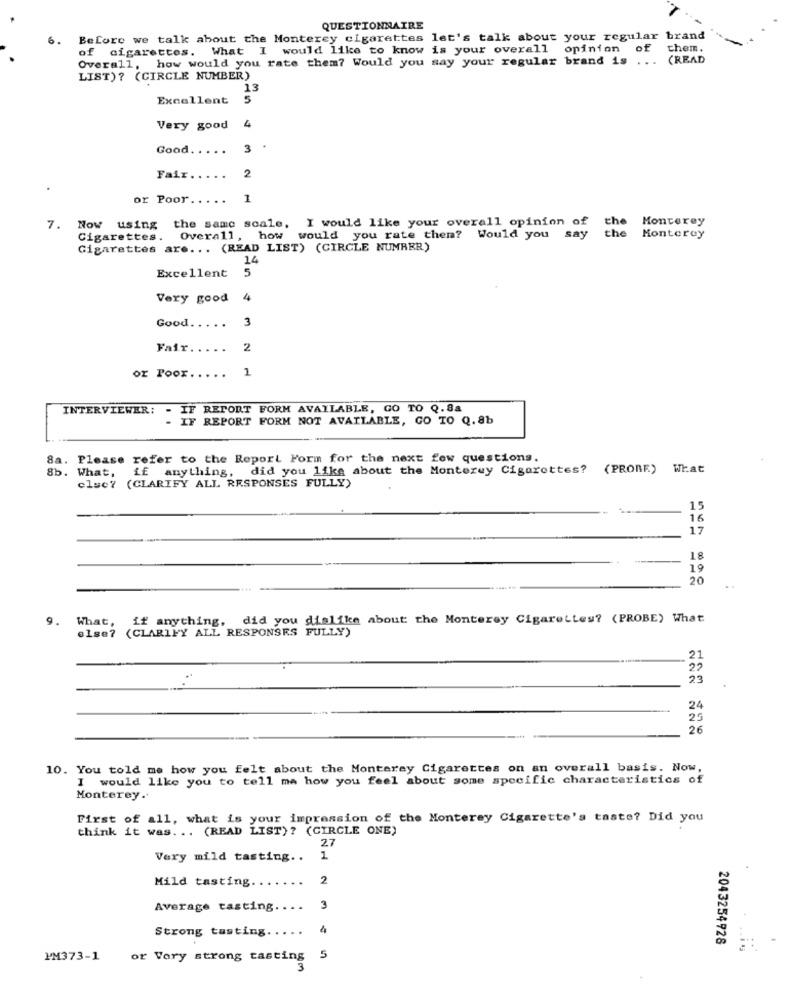
QUESTIONNAIRE
Before we talk about the Monterey cigarettes let's talk about your regular brand
of cigarettes. What I would like to know is your overall opinion of them.
Overall, how would you rate them? Would you say your regular brand is
...
(READ
LIST)? (CIRCLE NUMBER)
13
Excellent 5
Very good 4
Good
3
Fair .....
2
r Poor.
....
1
I would like your overall opinion of the Monterey
7. Now using
the same scale,
Cigarettes.
Overall
how
would you rate them? Would you say
the
Monterey
Cigarettes are ... (READ LIST) (CIRCLE NUMRER)
14
Excellent
5
Very good
4
Good
3
Fair .....
2
or Poor ..... 1
INTERVIEWER: - IF REPORT FORM AVAILABLE, GO TO Q.8a
IF REPORT FORM NOT AVAILABLE, GO TO Q. 8b
8a. Please refer to the Report Form for the next few questions.
8b. What, if anything, did you like about the Monterey Cigarettes?
(PROBE) What
else? (CLARIFY ALL RESPONSES FULLY)
15
16
17
18
19
20
9.
What,
if anything,
did you dislike about the Monterey Cigarettes? (PROBE) What
else?
(CLARIFY ALL RESPONSES FULLY)
21
22
23
24
25
10. You told me how you felt about the Monterey Cigarettes on an overall basis. Now,
I would like you to tell me how you feel about some specific characteristics of
Monterey ..
First of all, what is your impression of the Monterey Cigarette's taste? Did you
think it was ... (READ LIST) ? (CIRCLE ONE)
27
Very mild tasting .. 1
Mild tasting.
2
Average tasting.
..
3
Strong tasting.
4
2043254928
PM373-1
or Very strong tasting 5